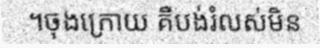
។ចុងក្រោយ គឺបង់រំលស់មិន